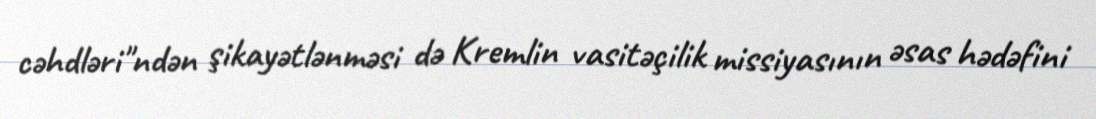
cəhdləri"ndən şikayətlənməsi də Kremlin vasitəçilik missiyasının əsas hədəfini